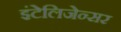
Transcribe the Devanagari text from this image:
इंटेलिजेन्सर